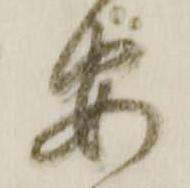
安